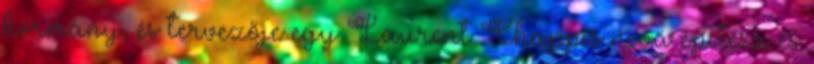
kormány, és tervezője egy Laurent Chappis nevű építész és